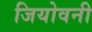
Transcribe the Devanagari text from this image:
जियोवनी